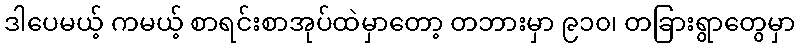
ဒါပေမယ့် ကမယ့် စာရင်းစာအုပ်ထဲမှာတော့ တဘားမှာ ၉၁၀၊ တခြားရွာတွေမှာ